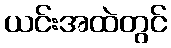
ယင်းအထဲတွင်